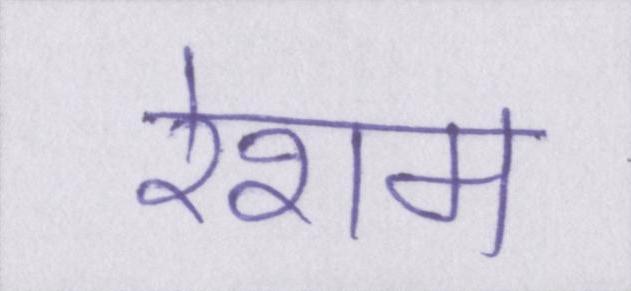
रेशम